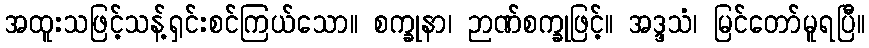
အထူးသဖြင့်သန့်ရှင်းစင်ကြယ်သော။ စက္ခုနာ၊ ဉာဏ်စက္ခုဖြင့်။ အဒ္ဒသံ၊ မြင်တော်မူရပြီ။